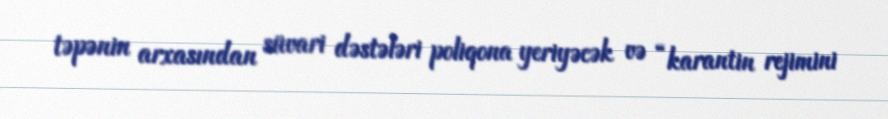
təpənin arxasından süvari dəstələri poliqona yeriyəcək və “karantin rejimini